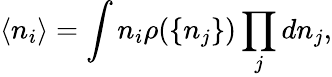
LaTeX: \langle n_{i}\rangle=\int n_{i}\rho(\{ n_{j}\} )\prod_{j}dn_{j},